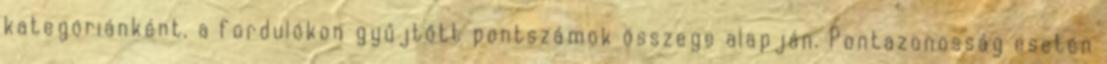
kategóriánként, a fordulókon gyűjtőtt pontszámok összege alapján. Pontazonosság esetén